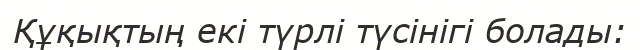
Құқықтың екі түрлі түсінігі болады: